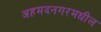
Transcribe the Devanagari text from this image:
अहमदनगरमधील